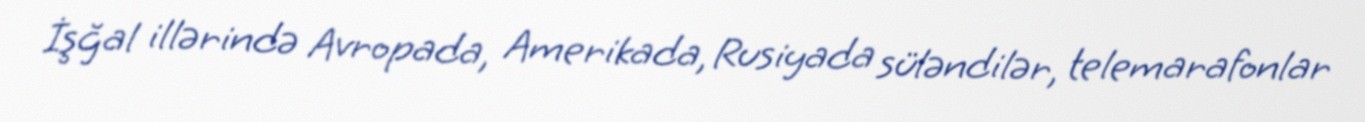
İşğal illərində Avropada, Amerikada, Rusiyada süləndilər, telemarafonlar